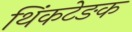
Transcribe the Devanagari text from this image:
थिंकटेङक